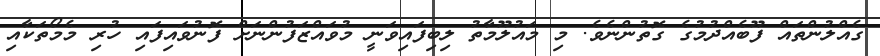
ގެއްލުންތައް ފޫބެއްދުމުގެ ގޮތުންނެވެ. މި މައުލޫމާތު ލިބިފައިވަނީ މުވައްޒަފުންނަށް ފޮނުވައިފައި ހުރި މެމޯތަކާއި